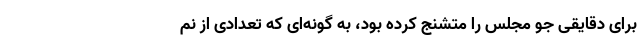
برای دقایقی جو مجلس را متشنج کرده بود، به گونه‌ای که تعدادی از نم